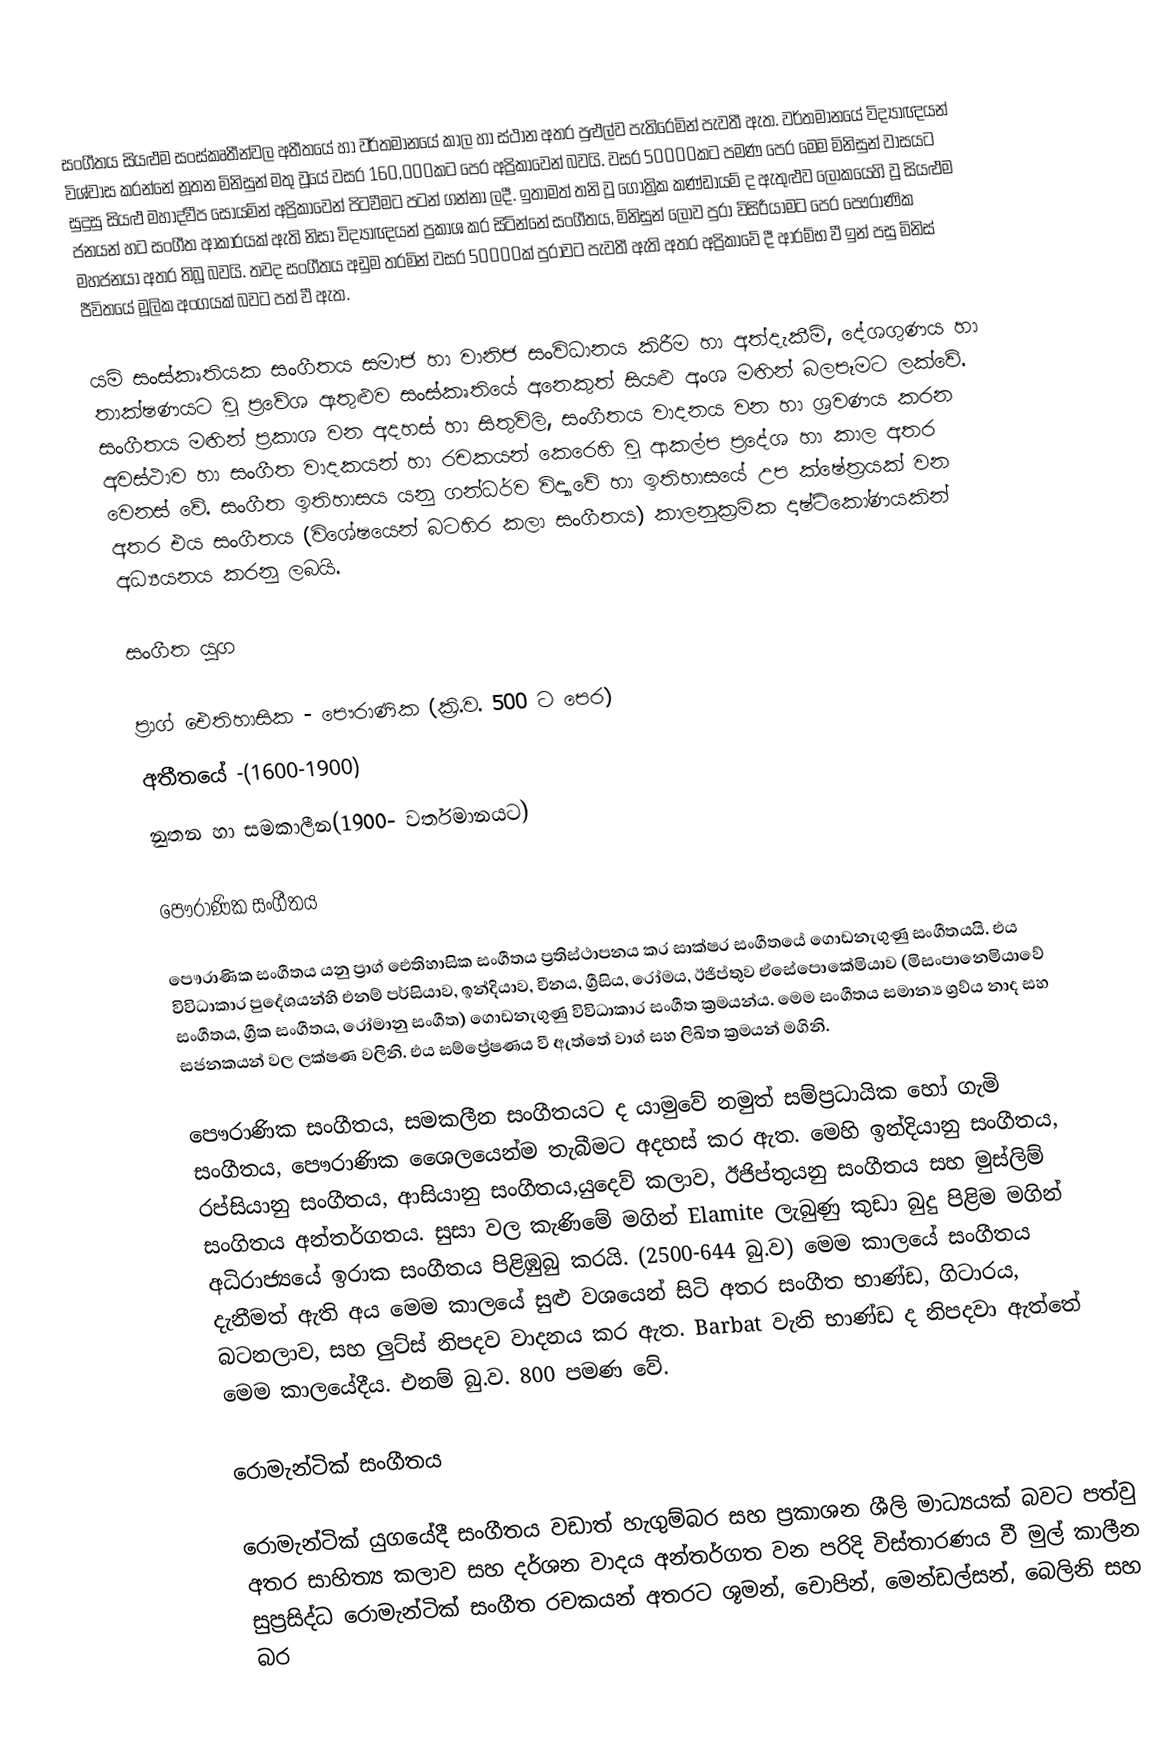
සංගීත‍ය සියළුම සංස්කෘතීන්වල අතීතයේ හා වර්තමානයේ කාල හා ස්ථාන අතර පුළුල්ව පැතිරෙමින් පැවතී ඇත. වර්තමානයේ විද්‍යාඥයන් විශ්වාස කරන්නේ නූතන මිනිසුන් මතු වූයේ වසර 160,000කට පෙර අප්‍රිකාවෙන් බවයි. වසර 50000කට පමණ පෙර මෙම මිනිසුන් වාසයට සුදුසු සියළු මහාද්වීප සොයමින් අප්‍රිකාවෙන් පිටවීමට පටන් ගන්නා ලදී. ඉතාමත් තනි වූ ගෝත්‍රික කණ්ඩායම් ද ඇතුළුව ලෝකයෙහි වූ සියළුම ජනයන් හට සංගීත ආකාරයක් ඇති නිසා විද්‍යාඥයන් ප්‍රකාශ කර සිටින්නේ සංගීතය, මිනිසුන් ලොව පුරා විසිරීයාමට පෙර පෞරාණික මහජනයා අතර තිබූ බවයි. තවද සංගීතය අඩුම තරමින් වසර 50000ක් පුරාවට පැවතී ඇති අතර අප්‍රිකාවේ දී ආරම්භ වී ඉන් පසු මිනිස් ජීවිතයේ මූලික අංගයක් බවට පත් වී ඇත.

යම් සංස්කෘතියක සංගීතය සමාජ හා වානිජ සංවිධානය කිරීම හා අත්දැකීම්, දේශගුණය හා තාක්ෂණයට වූ ප්‍රවේශ ඇතුළුව සංස්කෘතියේ අනෙකුත්  සියළු අංශ මඟින් බලපෑමට ලක්වේ. සංගීතය මඟින් ප්‍රකාශ වන අදහස් හා සිතුවිලි, සංගීතය වාදනය වන හා ශ්‍රවණය කරන අවස්ථාව හා සංගීත වාදකයන් හා රචකයන් කෙරෙහි වූ ආකල්ප ප්‍රදේශ හා කාල අතර වෙනස් වේ. සංගීත ඉතිහාසය යනු ගන්ධර්ව විද්‍යාවේ හා ඉතිහාසයේ උප ක්ෂේත්‍රයක් වන අතර එය සංගීතය (විශේෂයෙන් බටහිර කලා සංගීතය) කාලනුක්‍රමික දෘෂ්ටිකෝණයකින් අධ්‍යයනය කරනු ලබයි.

සංගීත යුග

ප්‍රාග් ඓතිහාසික - පෞරාණික (ක්‍රි.ව. 500 ට පෙර)
අතීතයේ -(1600-1900)
නුතන හා සමකාලීන(1900- වර්තමානයට)

පෞරාණික සංගීතය

පෞරාණික සංගීතය යනු ප්‍රාග් ඓතිහාසික සංගීතය ප්‍රතිස්ථාපනය කර සාක්ෂර සංගීතයේ ගොඩනැගුණු සංගීතයයි. එය විවිධාකාර පුදේශයන්හි එනම් පර්සියාව, ඉන්දියාව, චීනය, ග්‍රීසිය, රෝමය, ඊජිප්තුව ඒසේපොකේමියාව (මිසංපානෙමියාවේ සංගීතය, ග්‍රීක සංගීතය, රෝමානු සංගීත) ගොඩනැගුණු විවිධාකාර සංගීත ක්‍රමයන්ය. මෙම සංගීතය සමාන්‍ය ශ්‍රව්ය නාද සහ සජනකයන් වල ලක්ෂණ වලිනි. එය සම්ප්‍රේෂණය වී ඇත්තේ වාග් සහ ලිඛිත ක්‍රමයන් මගිනි.

පෞරාණික සංගීතය, සමකලීන සංගීතයට ද යාමුවේ නමුත් සම්ප්‍රධායික හෝ ගැමි සංගීතය, පෞරාණික ශෛලයෙන්ම තැබීමට අදහස් කර ඇත. මෙහි ඉන්දියානු සංගීතය, රප්සියානු සංගීතය, ආසියානු සංගීතය,යුදෙව් කලාව, ඊජිප්තුයනු සංගීතය සහ මුස්ලිම් සංගිතය අන්තර්ගතය. සුසා වල කැණිමේ මගින් Elamite ලැබුණු කුඩා බුදු පිළිම මගින් අධිරාජ්‍යයේ ඉරාක සංගීතය පිළිඹුබු කරයි. (2500-644 බු.ව) මෙම කාලයේ සංගීතය දැනීමත් ඇති අය මෙම කාලයේ සුළු වශයෙන් සිටි අතර සංගීත භාණ්ඩ, ගිටාරය, බටනලාව, සහ ලුට්ස් නිපදව වාදනය කර ඇත.  Barbat වැනි භාණ්ඩ ද නිපදවා ඇත්තේ මෙම කාලයේදීය. එනම් බු.ව. 800 පමණ වේ.

රොමැන්ටික් සංගීතය

රොමැන්ටික් යු‍ගයේදී සංගීතය වඩාත් හැගුම්බර සහ ප්‍රකාශන ශීලි මාධ්‍යයක් බවට පත්වු අතර සාහිත්‍ය කලාව සහ දර්ශන වාදය අන්තර්ගත වන පරිදි විස්ත‍ාරණය වී මුල් කාලීන සුප්‍රසිද්ධ රොමැන්ටික්  සංගීත රචකයන් අතරට ශූමන්, චොපින්, මෙන්ඩල්සන්, බෙලිනි සහ බර